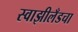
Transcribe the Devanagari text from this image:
स्वाझीलँडचा